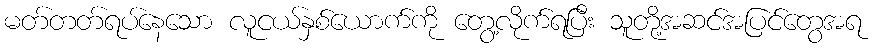
မတ်တတ်ရပ်နေသော လူငယ်နှစ်ယောက်ကို တွေ့လိုက်ရပြီး သူတို့အဆင်အပြင်တွေအရ